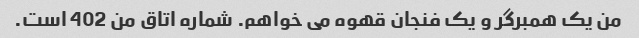
من یک همبرگر و یک فنجان قهوه می خواهم. شماره اتاق من 402 است.